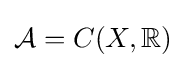
{\mathcal {A}}=C(X,\mathbb {R} )